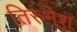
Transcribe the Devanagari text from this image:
तिरुनेश